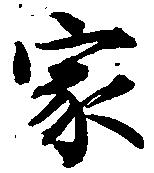
家